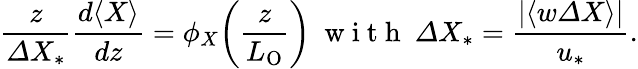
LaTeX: \frac{z}{{\mit\Delta}X_{\ast}}\frac{d\langle X\rangle}{dz}=\phi_{X}\! \left(\frac{z}{L_{\mathrm{O}}}\right)\ \mathrm{~w~i~t~h~}\ {\mit\Delta}X_{\ast}=\frac{|\langle w{\mit\Delta}X\rangle|}{u_{\ast}}.